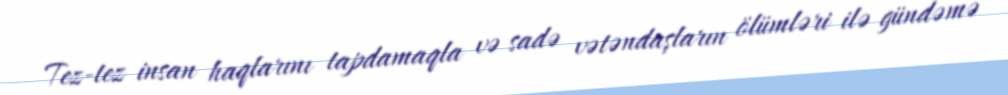
Tez-tez insan haqlarını tapdamaqla və sadə vətəndaşların ölümləri ilə gündəmə